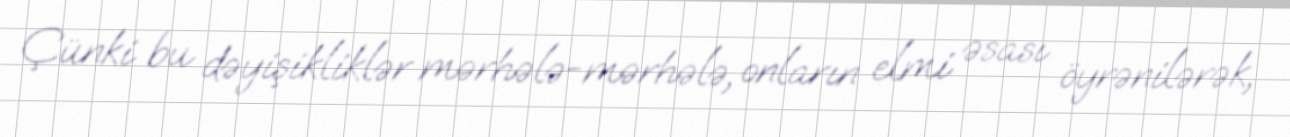
Çünki bu dəyişikliklər mərhələ-mərhələ, onların elmi əsası öyrənilərək,